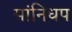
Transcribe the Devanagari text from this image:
सांनिधप